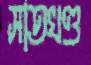
সাতখণ্ড